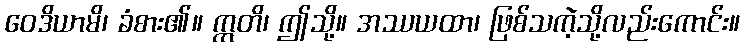
ဝေဒိယာမိ၊ ခံစား၏။ ဣတိ၊ ဤသို့။ အဿယထာ၊ ဖြစ်သကဲ့သို့လည်းကောင်း။